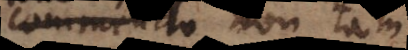
commendo non tam